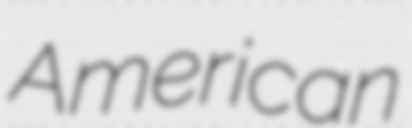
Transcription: American